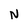
Character: N